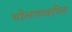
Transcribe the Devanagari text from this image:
घोलपावरील